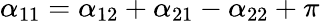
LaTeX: \alpha_{11}=\alpha_{12}+\alpha_{21}-\alpha_{22}+\pi